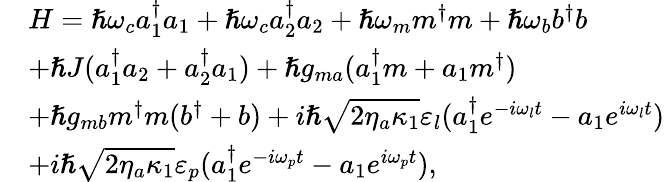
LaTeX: \begin{array}{rl}&{H=\hslash\omega_{c}a_{1}^{\dagger}a_{1}+\hslash\omega_{c}a_{2}^{\dagger}a_{2}+\hslash\omega_{m}m^{\dagger}m+\hslash\omega_{b}b^{\dagger}b}\\ &{+\hslash J(a_{1}^{\dagger}a_{2}+a_{2}^{\dagger}a_{1})+\hslash g_{ma}(a_{1}^{\dagger}m+a_{1}m^{\dagger})}\\ &{+\hslash g_{mb}m^{\dagger}m(b^{\dagger}+b)+i\hslash\sqrt{2\eta_{a}\kappa_{1}}\varepsilon_{l}(a_{1}^{\dagger}e^{-i\omega_{l}t}-a_{1}e^{i\omega_{l}t})}\\ &{+i\hslash\sqrt{2\eta_{a}\kappa_{1}}\varepsilon_{p}(a_{1}^{\dagger}e^{-i\omega_{p}t}-a_{1}e^{i\omega_{p}t}),}\end{array}